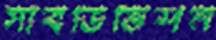
সাবডিভিশন